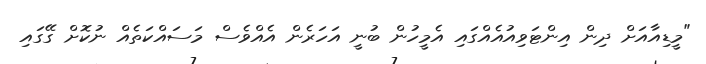
"މީޑިއާއަށް ދިން އިންޓަވިއުއެއްގައި އެމީހުން ބުނީ އަހަރެން އެއްވެސް މަސައްކަތެއް ނުކޮށް ގޭގައި